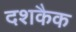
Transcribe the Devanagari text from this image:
दशकैक